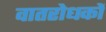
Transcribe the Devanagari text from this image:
वातरोधकों